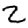
Digit: 2